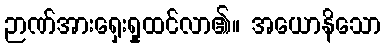
ဉာဏ်အားရှေးရှုထင်လာ၏။ အယောနိသော